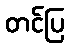
တင်ပြ